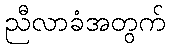
ညီလာခံအတွက်